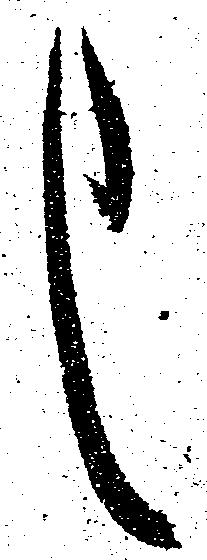
し